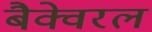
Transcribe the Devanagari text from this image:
बैक्वेरल